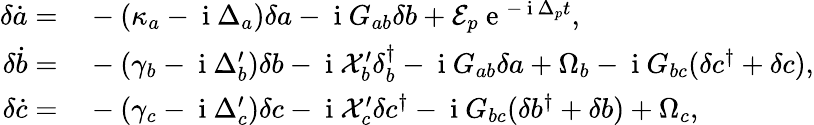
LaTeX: \begin{array}{rl}{\delta\dot{a}=}&{{}-(\kappa_{a}-\mathrm{~i~}\Delta_{a})\delta a-\mathrm{~i~}G_{ab}\delta b+\mathcal{E}_{p}\mathrm{~e~}^{-\mathrm{~i~}\Delta_{p}t},}\\ {\delta\dot{b}=}&{{}-(\gamma_{b}-\mathrm{~i~}\Delta_{b}^{\prime})\delta b-\mathrm{~i~}\mathcal{X}_{b}^{\prime}\delta_{b}^{\dagger}-\mathrm{~i~}G_{ab}\delta a+\Omega_{b}-\mathrm{~i~}G_{bc}(\delta c^{\dagger}+\delta c),}\\ {\delta\dot{c}=}&{{}-(\gamma_{c}-\mathrm{~i~}\Delta_{c}^{\prime})\delta c-\mathrm{~i~}\mathcal{X}_{c}^{\prime}\delta c^{\dagger}-\mathrm{~i~}G_{bc}(\delta b^{\dagger}+\delta b)+\Omega_{c},}\end{array}